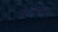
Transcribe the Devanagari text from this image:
बैण्डविड्थ